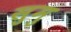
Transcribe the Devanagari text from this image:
सुमु